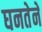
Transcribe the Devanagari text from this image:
घनतेने